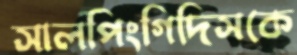
সালপিংগিদিসকে